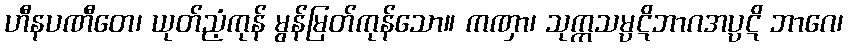
ဟီနပဏီတေ၊ ယုတ်ညံ့ကုန် မွန်မြတ်ကုန်သော။ ကဏှာ၊ သုက္ကသမ္ပဋိဘာဂအပ္ပဋိ ဘာဂေ၊